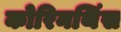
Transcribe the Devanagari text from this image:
कोरिनथिंस